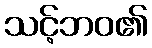
သင့်ဘဝ၏